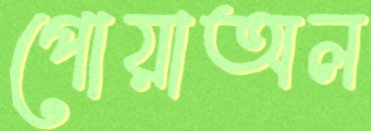
পোয়াঅল